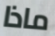
ماذا